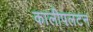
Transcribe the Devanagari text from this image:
कालीपलटन